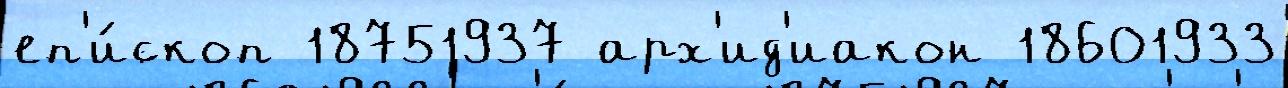
еп'и́скоп 18751937 арх'ид'иакон 18601933